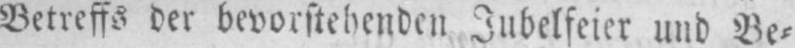
Betreffs der bevorstehenden Jubelfeier und Be⸗